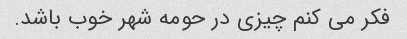
فکر می کنم چیزی در حومه شهر خوب باشد.